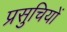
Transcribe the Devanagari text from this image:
प्रसुचियों